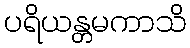
ပရိယန္တမကာသိ